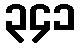
၃၄၁